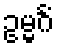
ဥမ္မင်္ဂံ